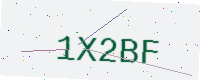
Text: 1X2BF